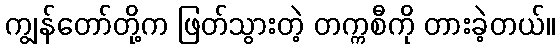
ကျွန်တော်တို့က ဖြတ်သွားတဲ့ တက္ကစီကို တားခဲ့တယ်။